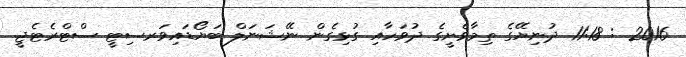
2016 : 11:18 ދުނިޔޭގެ ތިމާވެށީގެ ދުވަހާއި ގުޅިގެން ނޭޝަނަލް ބަޔޯޑައިވަރސިޓީ ސްޓްރެޓެޖީ